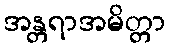
အန္တရာအမိတ္တာ